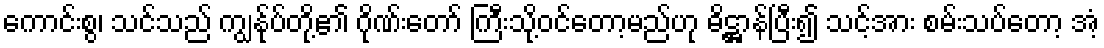
ကောင်းစွ၊ သင်သည် ကျွန်ုပ်တို့၏ ဂိုဏ်းတော် ကြီးသို့ဝင်တော့မည်ဟု ဓိဋ္ဌာန်ပြီး၍ သင့်အား စမ်းသပ်တော့ အံ့